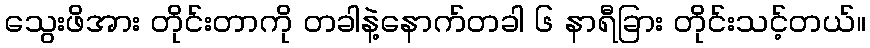
သွေးဖိအား တိုင်းတာကို တခါနဲ့နောက်တခါ ၆ နာရီခြား တိုင်းသင့်တယ်။